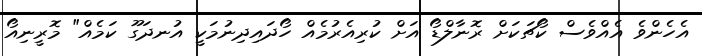
އެހެންވެ އެއްވެސް ކޯޗަކަށް ރޮނާލްޑޯ އަށް ކުރިއެރުމެއް ހޯދައިދިނުމަކީ އުނދަގޫ ކަމެއް" މޮރީނިއޯ